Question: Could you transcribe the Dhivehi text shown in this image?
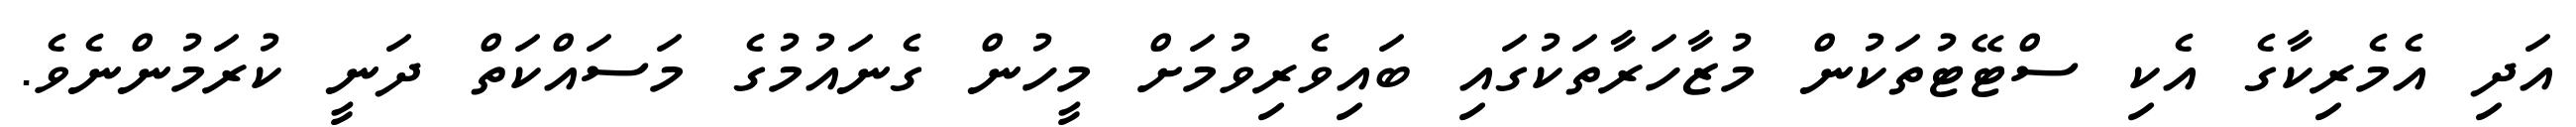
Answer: އަދި އެމެރިކާގެ އެކި ސްޓޭޓުތަކުން މުޒާހަރާތަކުގައި ބައިވެރިވުމަށް މީހުން ގެނައުމުގެ މަސައްކަތް ދަނީ ކުރަމުންނެވެ.